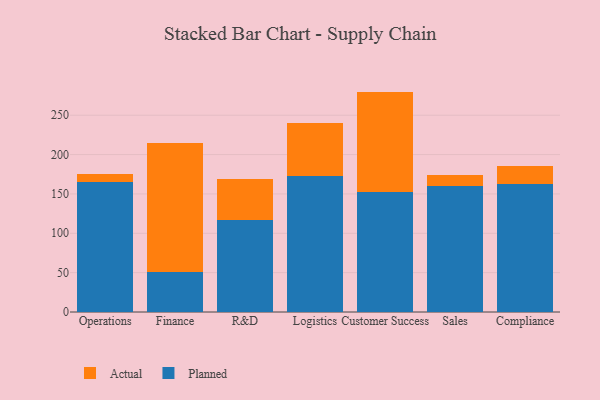
{"axis": {"x": "Department", "y": "Waste Production (Tons)"}, "legend": ["Actual", "Planned"], "data": [{"x": "Operations", "y": 164.6, "type": "Planned"}, {"x": "Operations", "y": 10.8, "type": "Actual"}, {"x": "Finance", "y": 51.4, "type": "Planned"}, {"x": "Finance", "y": 163.5, "type": "Actual"}, {"x": "R&D", "y": 117.4, "type": "Planned"}, {"x": "R&D", "y": 51.1, "type": "Actual"}, {"x": "Logistics", "y": 172.3, "type": "Planned"}, {"x": "Logistics", "y": 67.4, "type": "Actual"}, {"x": "Customer Success", "y": 152.4, "type": "Planned"}, {"x": "Customer Success", "y": 127.6, "type": "Actual"}, {"x": "Sales", "y": 160.5, "type": "Planned"}, {"x": "Sales", "y": 13.8, "type": "Actual"}, {"x": "Compliance", "y": 162.0, "type": "Planned"}, {"x": "Compliance", "y": 24.0, "type": "Actual"}]}